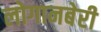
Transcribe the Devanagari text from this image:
लोगानबेरी